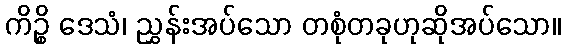
ကိဉ္စိ ဒေသံ၊ ညွှန်းအပ်သော တစုံတခုဟုဆိုအပ်သော။